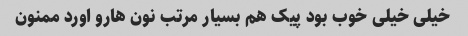
خیلی خیلی خوب بود پیک هم بسیار مرتب نون هارو اورد ممنون